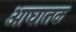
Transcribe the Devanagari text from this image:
आघातक